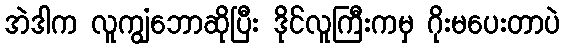
အဲဒါက လူကျွံဘောဆိုပြီး ဒိုင်လူကြီးကမှ ဂိုးမပေးတာပဲ